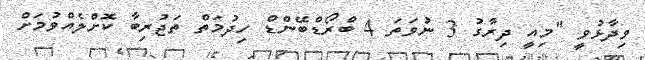
ވިދާޅުވީ "މިއީ ދިރާގު 3 ނުވަތަ 4 ބްރޯޑްބޭންޑް ހިދުމަތް ތަޖުރިބާ ކޮށްލެއްވުމަށް